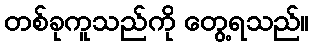
တစ်ခုကူသည်ကို တွေ့ရသည်။